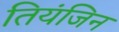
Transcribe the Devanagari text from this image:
तियंजिन